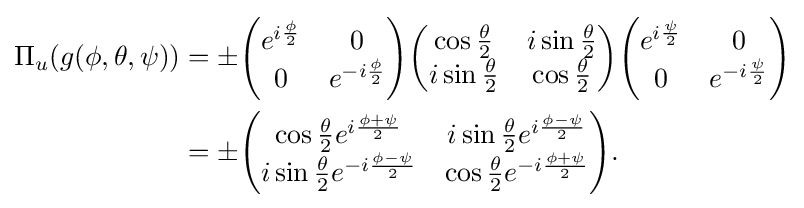
{\begin{aligned}\Pi _{u}(g(\phi ,\theta ,\psi ))&=\pm {\begin{pmatrix}e^{i{\frac {\phi }{2}}}&0\\0&e^{-i{\frac {\phi }{2}}}\end{pmatrix}}{\begin{pmatrix}\cos {\frac {\theta }{2}}&i\sin {\frac {\theta }{2}}\\i\sin {\frac {\theta }{2}}&\cos {\frac {\theta }{2}}\end{pmatrix}}{\begin{pmatrix}e^{i{\frac {\psi }{2}}}&0\\0&e^{-i{\frac {\psi }{2}}}\end{pmatrix}}\\&=\pm {\begin{pmatrix}\cos {\frac {\theta }{2}}e^{i{\frac {\phi +\psi }{2}}}&i\sin {\frac {\theta }{2}}e^{i{\frac {\phi -\psi }{2}}}\\i\sin {\frac {\theta }{2}}e^{-i{\frac {\phi -\psi }{2}}}&\cos {\frac {\theta }{2}}e^{-i{\frac {\phi +\psi }{2}}}\end{pmatrix}}.\end{aligned}}